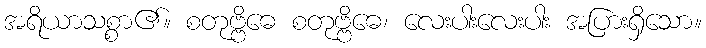
အရိယာသစ္စာ၏။ စတုဗ္ဗိဓေ စတုဗ္ဗိဓေ၊ လေးပါးလေးပါး အပြားရှိသော။